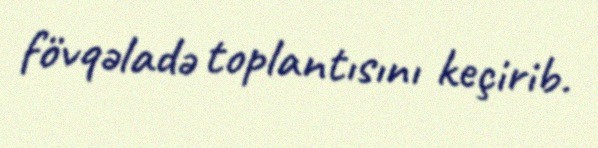
fövqəladə toplantısını keçirib.